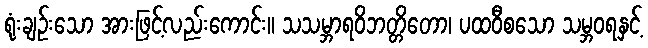
ရုံးချဉ်းသော အားဖြင့်လည်းကောင်း။ သသမ္ဘာရဝိဘတ္တိတော၊ ပထဝီစသော သမ္ဘဝရနှင့်